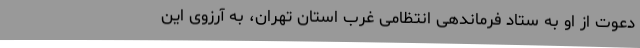
دعوت از او به ستاد فرماندهی انتظامی غرب استان تهران، به آرزوی این